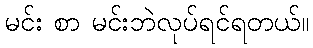
မင်း စာ မင်းဘဲလုပ်ရင်ရတယ်။